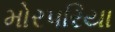
મોરપરિયા